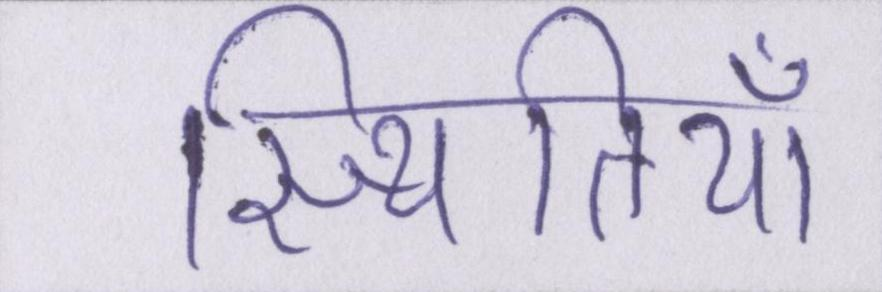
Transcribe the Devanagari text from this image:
स्थितियाँ